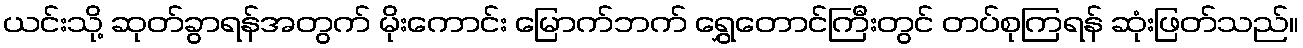
ယင်းသို့ ဆုတ်ခွာရန်အတွက် မိုးကောင်း မြောက်ဘက် ရွှေတောင်ကြီးတွင် တပ်စုကြရန် ဆုံးဖြတ်သည်။